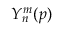
Y _ { n } ^ { m } ( \boldsymbol { p } )